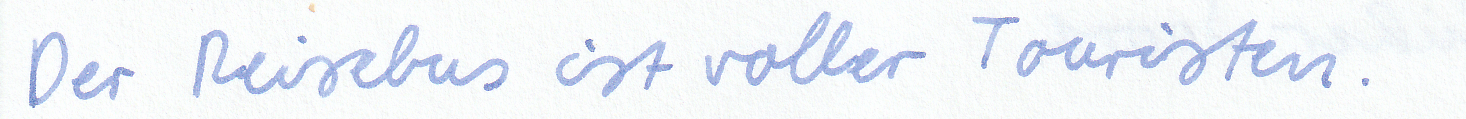
Der Reisebus ist voller Touristen.